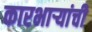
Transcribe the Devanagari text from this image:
कारभार्‍यांची